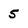
Character: 5